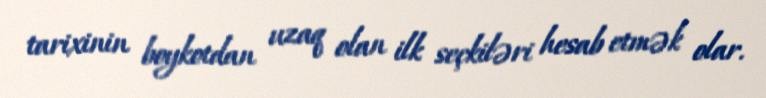
tarixinin boykotdan uzaq olan ilk seçkiləri hesab etmək olar.